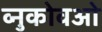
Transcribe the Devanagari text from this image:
व्नुकोवओ